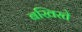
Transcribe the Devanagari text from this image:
बखिरते